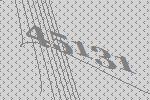
45131